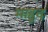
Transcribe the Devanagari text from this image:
माहूद